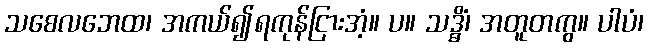
သစေလဘေထ၊ အကယ်၍ရကုန်ငြားအံ့။ ပ။ သဒ္ဓိံ၊ အတူတကွ။ ပါပံ၊